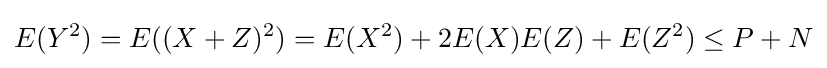
E(Y^{2})=E((X+Z)^{2})=E(X^{2})+2E(X)E(Z)+E(Z^{2})\leq P+N\,\!